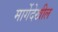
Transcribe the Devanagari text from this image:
मार्गेदेखील